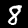
Label: 8